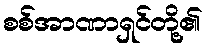
စစ်အာဏာရှင်တို့၏